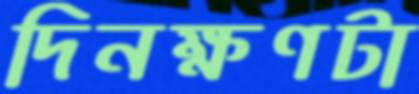
দিনক্ষণটা